Report of the Indian Hemp Drugs Commission, 1894-1895 - Volume III
Year: 1894
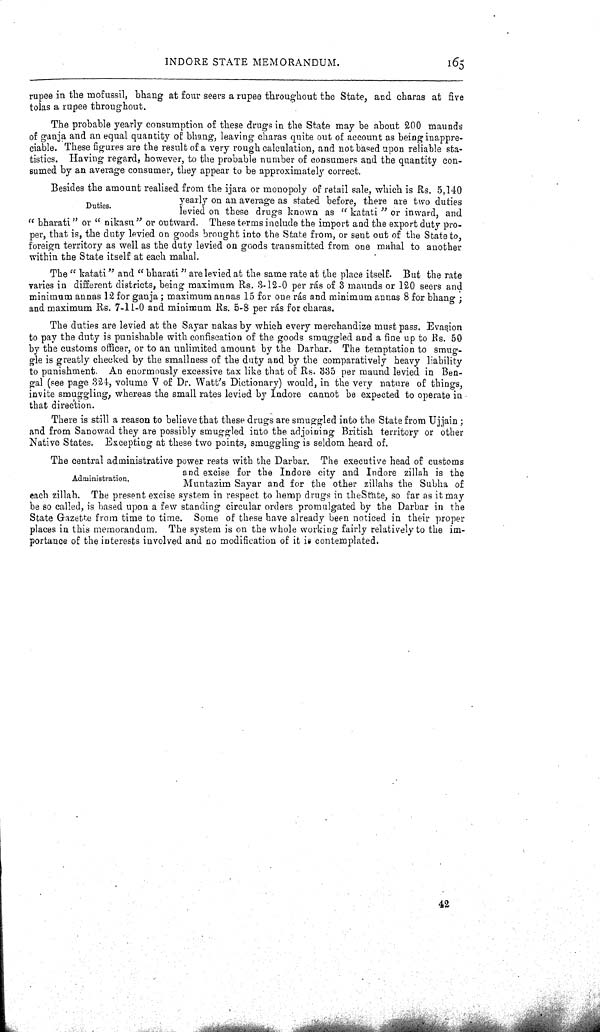
INDORE STATE MEMORANDUM. 165
rupee in the mofussil, bhang at four seers a rupee throughout the State, and charas at five
tolas a rupee throughout.
The probable yearly consumption of these drugs in the State may be about 200 maunds
of ganja and an equal quantity of bhang, leaving charas quite out of account as being inappre-
ciable. These figures are the result of a very rough calculation, and not based upon reliable sta-
tistics. Having regard, however, to the probable number of consumers and the quantity con-
sumed by an average consumer, they appear to be approximately correct.
Duties.
Besides the amount realised from the ijara or monopoly of retail sale, which is Rs. 5,140
yearly on an average as stated before, there are two duties
levied on these drugs known as "katati" or inward, and
"bharati" or "nikasu" or outward. These terms include the import and the export duty pro-
per, that is, the duty levied on goods brought into the State from, or sent out of the State to,
foreign territory as well as the duty levied on goods transmitted from one mahal to another
within the State itself at each mahal.
The "katati" and "bharati" are levied at the same rate at the place itself. But the rate
varies in different districts, being maximum Rs. 3-12-0 per rás of 3 maunds or 120 seers and
minimum annas 12 for ganja; maximum annas 15 for one rás and minimum annas 8 for bhang;
and maximum Rs. 7-11-0 and minimum Rs. 5-8 per rás for charas.
The duties are levied at the Sayar nakas by which every merchandize must pass. Evasion
to pay the duty is punishable with confiscation of the goods smuggled and a fine up to Rs. 50
by the customs officer, or to an unlimited amount by the Darbar. The temptation to smug-
gle is greatly checked by the smallness of the duty and by the comparatively heavy liability
to punishment. An enormously excessive tax like that of Rs. 335 per maund levied in Ben-
gal (see page 324, volume V of Dr. Watt's Dictionary) would, in the very nature of things,
invite smuggling, whereas the small rates levied by Indore cannot be expected to operate in
that direction.
There is still a reason to believe that these drugs are smuggled into the State from Ujjain;
and from Sanowad they are possibly smuggled into the adjoining British territory or other
Native States. Excepting at these two points, smuggling is seldom heard of.
Administration.
The central administrative power rests with the Darbar. The executive head of customs
and excise for the Indore city and Indore zillah is the
Muntazim Sayar and for the other zillahs the Subha of
each zillah. The present excise system in respect to hemp drugs in the State, so far as it may
be so called, is based upon a few standing circular orders promulgated by the Darbar in the
State Gazette from time to time. Some of these have already been noticed in their proper
places in this memorandum. The system is on the whole working fairly relatively to the im-
portance of the interests involved and no modification of it is contemplated.
42